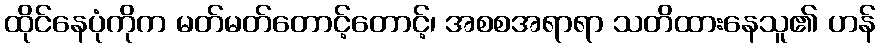
ထိုင်နေပုံကိုက မတ်မတ်တောင့်တောင့်၊ အစစအရာရာ သတိထားနေသူ၏ ဟန်